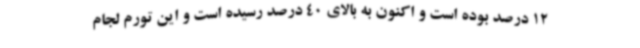
12 درصد بوده است و اکنون به بالای 40 درصد رسیده است و این تورم لجام